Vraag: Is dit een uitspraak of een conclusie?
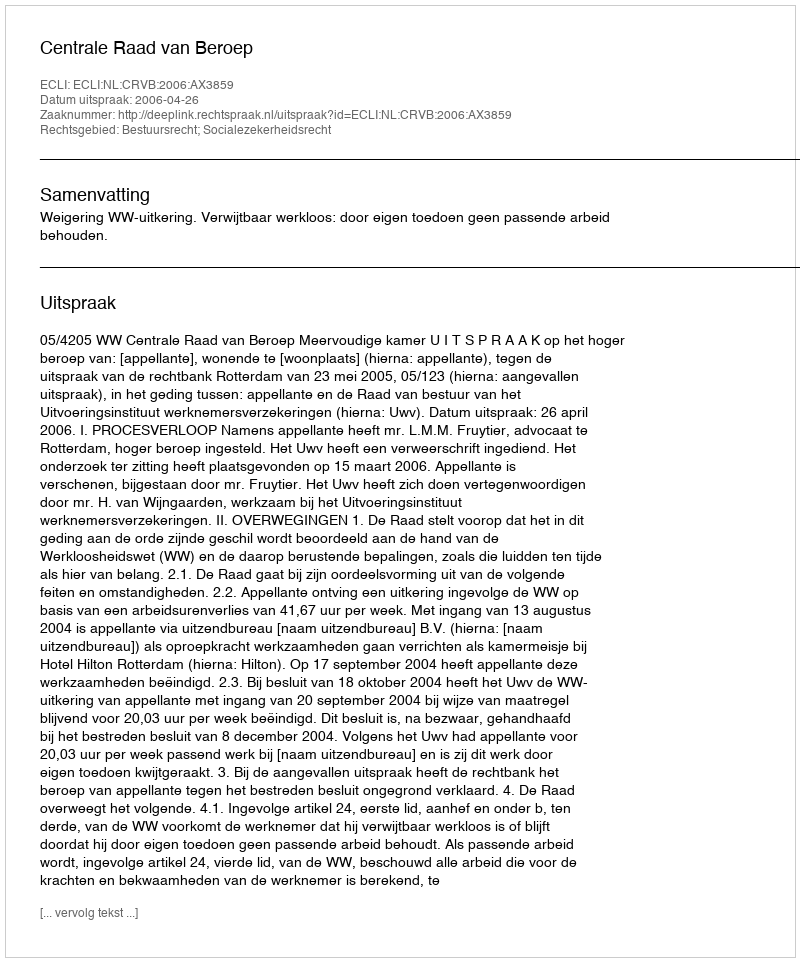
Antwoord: Uitspraak